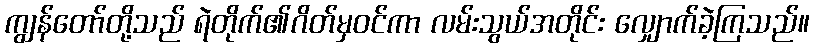
ကျွန်တော်တို့သည် ရဲတိုက်၏ဂိတ်မှဝင်ကာ လမ်းသွယ်အတိုင်း လျှောက်ခဲ့ကြသည်။